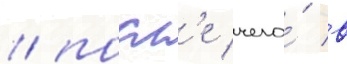
/ посл'е чего́ в